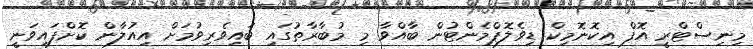
މިނިސްޓްރީ އޮފް އިކޮނޮމިކް ޑިވެލޮޕްމެންޓުން ބާއްވާ މި މުބާރާތުގައި ބައިވެރިވުމަށް އިއުލާން ކޮށްފައިވަނީ